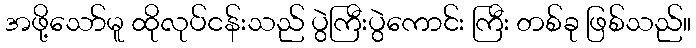
အဖို့သော်မူ ထိုလုပ်ငန်းသည် ပွဲကြီးပွဲကောင်း ကြီး တစ်ခု ဖြစ်သည်။